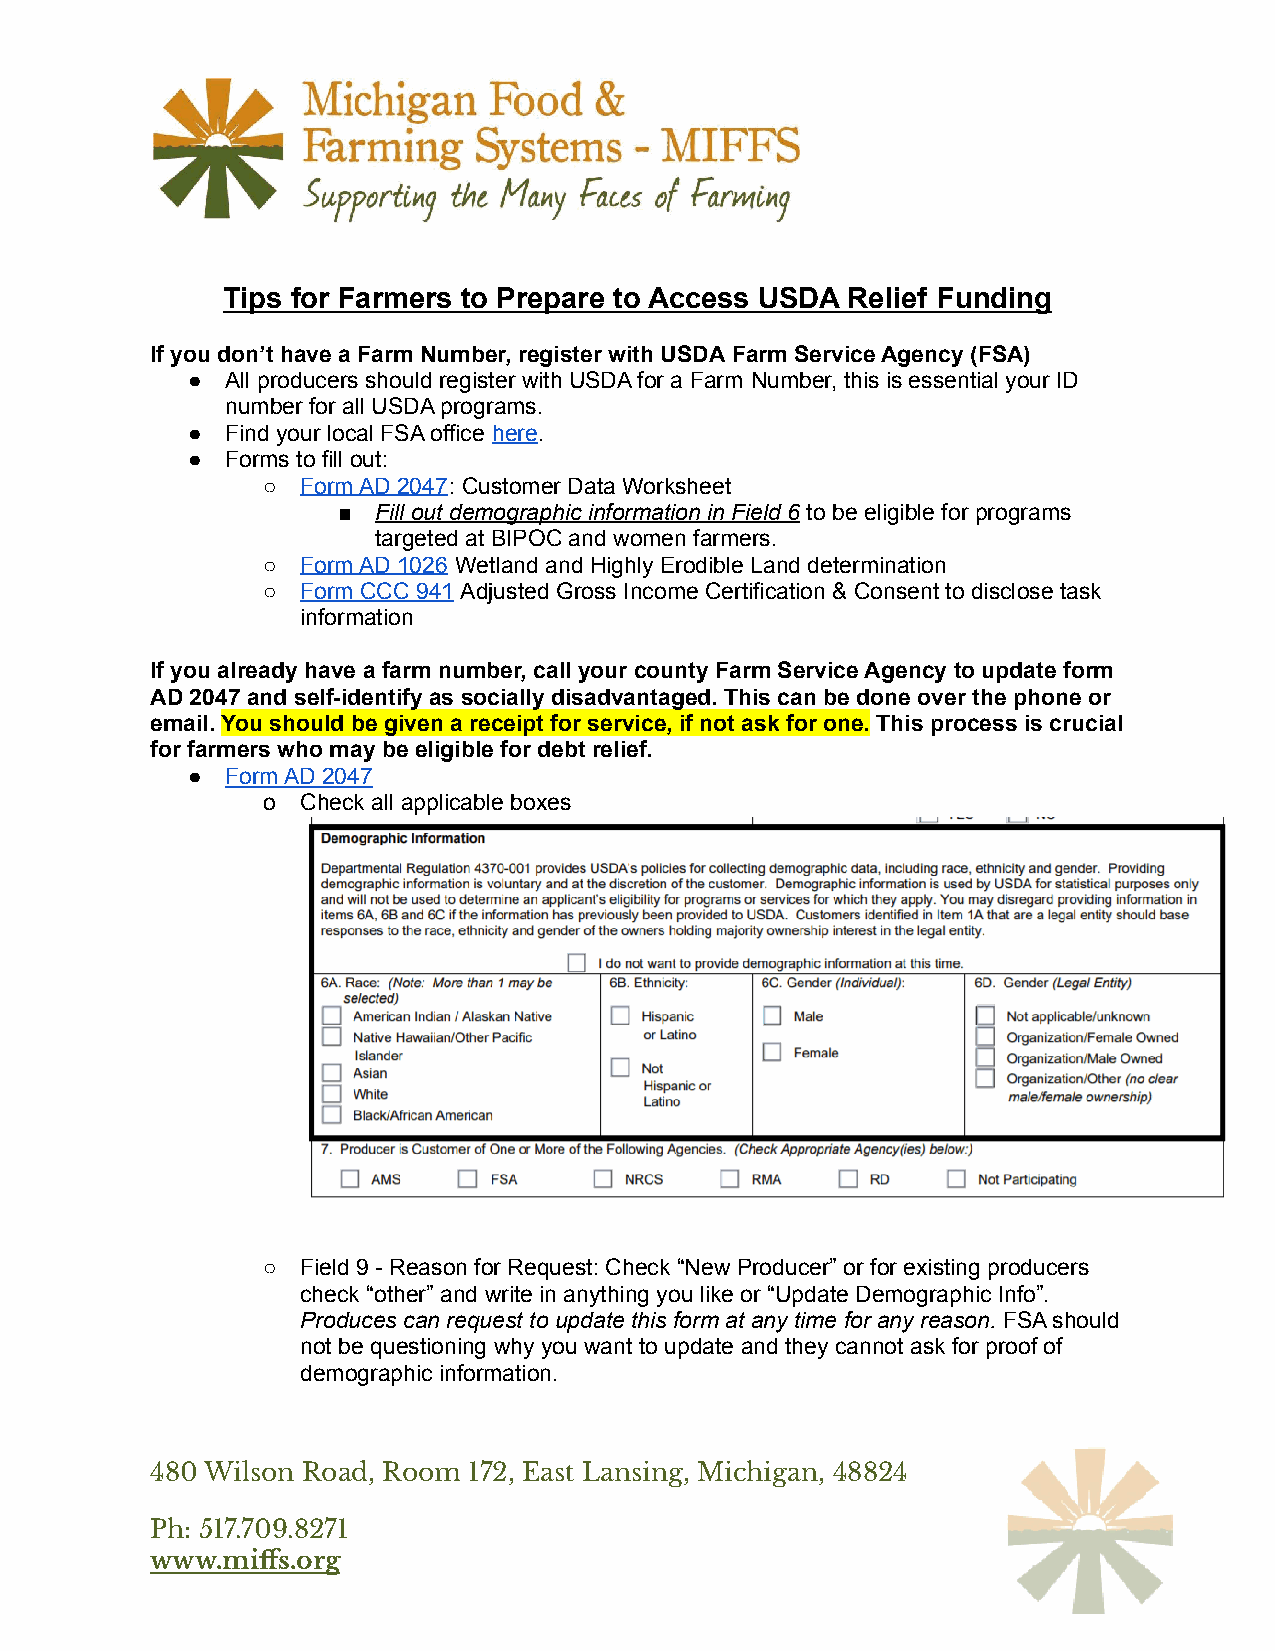
Tips for Farmers to Prepare to Access USDA Relief Funding
 If you don’t have a Farm Number, register with USDA Farm Service Agency (FSA)
 ●  All producers should register with USDA for a Farm Number, this is essential your ID
 number for all USDA programs.
 ●  Find your local FSA office here.
 ●  Forms to fill out:
 ○  Form AD 2047: Customer Data Worksheet
 ■  Fill out demographic information in Field 6 to be eligible for programs
 targeted at BIPOC and women farmers.
 ○  Form AD 1026 Wetland and Highly Erodible Land determination
 ○  Form CCC 941 Adjusted Gross Income Certification & Consent to disclose task
 information
 If you already have a farm number, call your county Farm Service Agency to update form
 AD 2047 and self-identify as socially disadvantaged. This can be done over the phone or
 email. You should be given a receipt for service, if not ask for one. This process is crucial
 for farmers who may be eligible for debt relief.
 ●  Form AD 2047
 o  Check all applicable boxes
 ○  Field 9 - Reason for Request: Check “New Producer” or for existing producers
 check “other” and write in anything you like or “Update Demographic Info”.
 Produces can request to update this form at any time for any reason. FSA should
 not be questioning why you want to update and they cannot ask for proof of
 demographic information.
 480 Wilson Road, Room 172, East Lansing, Michigan, 48824
 Ph: 517.709.8271
 www.miffs.org